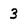
Character: 3